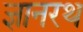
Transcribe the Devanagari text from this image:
ज्ञानरथ